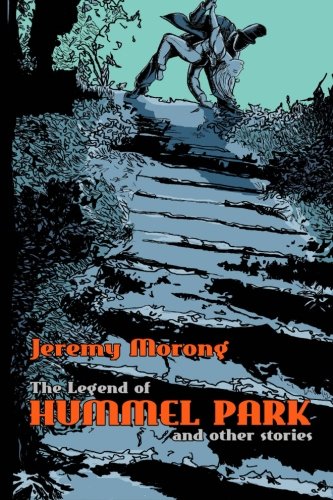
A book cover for The Legend of Hummel Park and Other Stories; Jeremy Morong; Literature & Fiction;